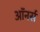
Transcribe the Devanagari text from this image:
अाॅनर्स